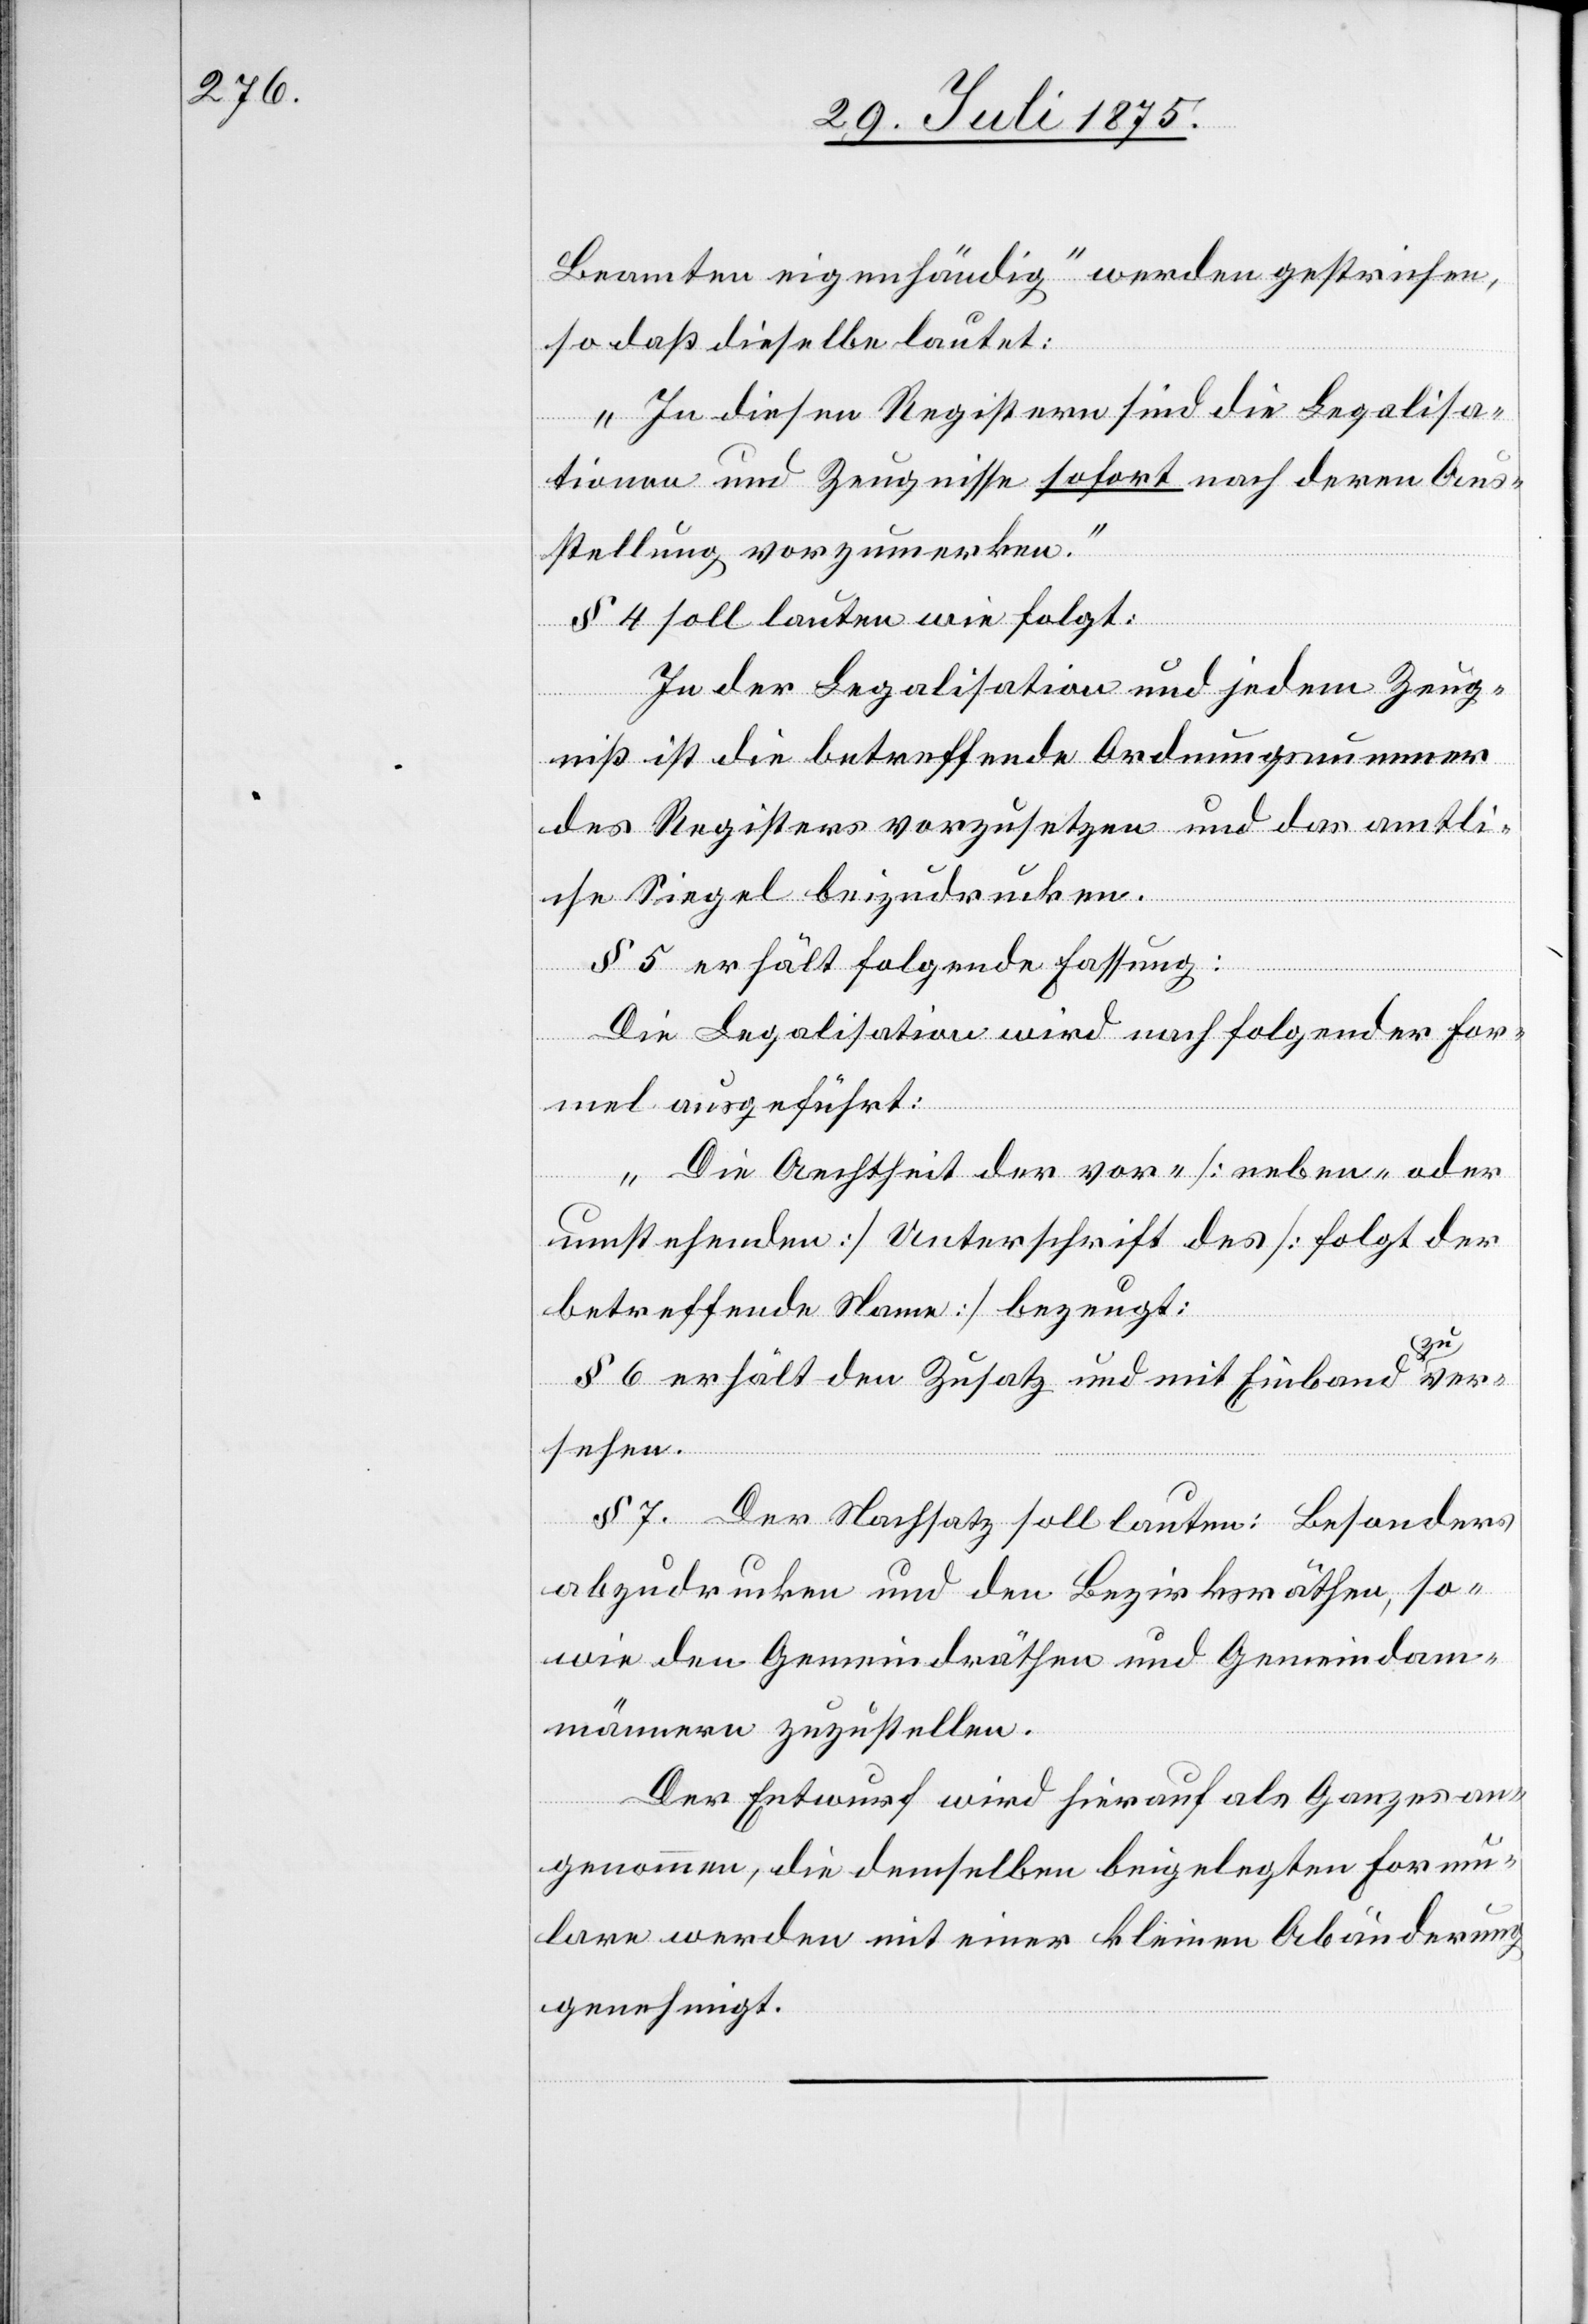
Beamten eigenhändig“ werden gestrichen,
so daß dieselbe lautet:
„In diesen Registern sind die Legalisa¬
tionen und Zeugnisse sofort nach deren Aus¬
stellung vorzumerken.“
§ 4 soll lauten wie folgt:
In der Legalisation und jedem Zeug¬
niß ist die betreffende Ordnungsnummer
des Registers vorzusetzen und das amtli¬
che Siegel beizudrucken.
§ 5 erhält folgende Fassung:
Die Legalisation wird nach folgender For¬
mel ausgeführt:
„Die Aechtheit der vor- [neben- oder
umstehenden] Unterschrift des [folgt der
betreffenden Name] bezeugt;
§ 6 erhält den Zusatz und mit Einband zu ver¬
sehen.
§ 7. Der Nachsatz soll lauten: Besonders
abzudrucken und den Bezirksräthen, so¬
wie den Gemeindräthen und Gemeindam¬
männern zuzustellen.
Der Entwurf wird hierauf als Ganzes an¬
genommen, die demselben beigelegten Formu¬
lare werden mit einer kleinen Abänderung
genehmigt.